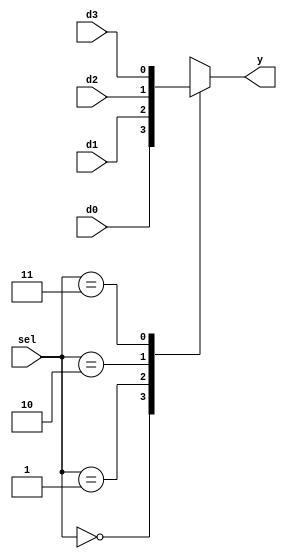
`timescale 1ns / 1ps
//////////////////////////////////////////////////////////////////////////////////
// Company: 
// Engineer: 
// 
// Design Name: 
// Module Name:    mux4_1 
// Project Name: 
// Target Devices: 
// Tool versions: 
// Description: 
//
// Dependencies: 
//
// Revision: 
// Revision 0.01 - File Created
// Additional Comments: 
//
//////////////////////////////////////////////////////////////////////////////////
module mux4_1(
    input [1:0] sel,
    input d0,
    input d1,
    input d2,
    input d3,
    output reg y
    );
	 
	 always @(*)
	 begin
		 case (sel)
		  0: y = d0;
		  1: y = d1;
		  2: y = d2;
		  3: y = d3;
		 endcase
	 end

endmodule